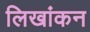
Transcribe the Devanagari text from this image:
लिखांकन